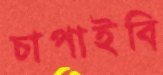
চাপাইবি